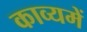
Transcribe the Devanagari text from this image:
काव्यमें